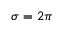
\sigma = 2 \pi